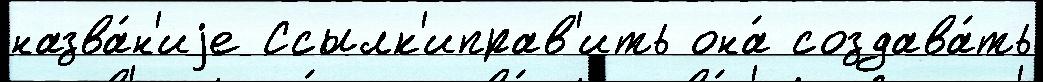
назва́н'иjе Ссылк'иправ'ить она́ создава́ть